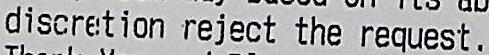
DISCRETION REJECT THE REQUEST.